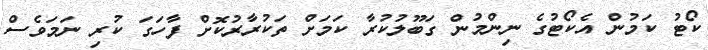
ކޯޓު ކަމުން އެކޯޓުގެ ނިންމުން ގަބޫލުކުރާ ކަމަށް ތަކުރާރުކޮށް ފާހަގަ ކުރި ނަމަވެސް